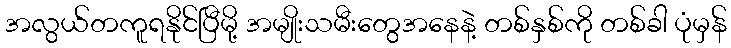
အလွယ်တကူရနိုင်ပြီမို့ အမျိုးသမီးတွေအနေနဲ့ တစ်နှစ်ကို တစ်ခါ ပုံမှန်